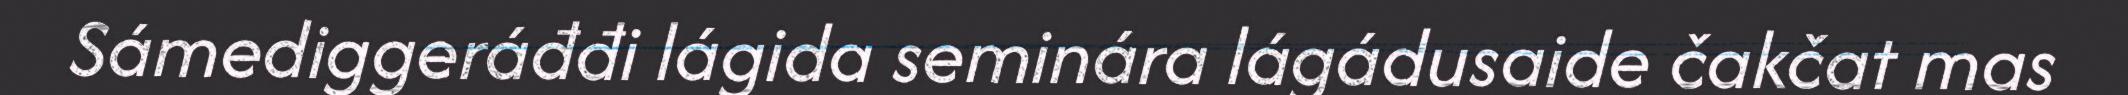
Sámediggeráđđi lágida seminára lágádusaide čakčat mas